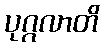
ပုဂ္ဂလာတိ